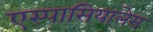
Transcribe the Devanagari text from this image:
एस्पासियालेस